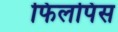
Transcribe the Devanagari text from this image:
फिलपिंस